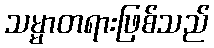
သမ္မာတရားဖြစ်သည်